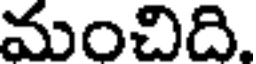
మంచిది.